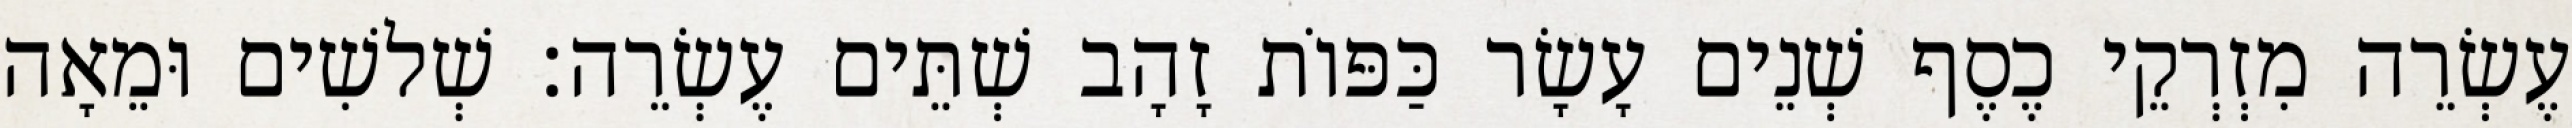
עֶשְׂרֵה מִזְרְקֵי כֶסֶף שְׁנֵים עָשָׂר כַּפּוֹת זָהָב שְׁתֵּים עֶשְׂרֵה׃ שְׁלשִׁים וּמֵאָה